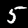
Label: 5